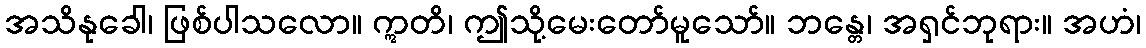
အသိနုခေါ၊ ဖြစ်ပါသလော။ ဣတိ၊ ဤသို့မေးတော်မူသော်။ ဘန္တေ၊ အရှင်ဘုရား။ အဟံ၊